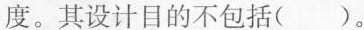
度。其设计目的不包括（ ）。